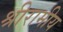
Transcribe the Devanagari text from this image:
श्रीरामीय